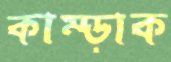
কাম্‌ড়াক